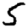
Digit: 5